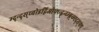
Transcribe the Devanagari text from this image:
म्द्न्द्स्च्वोइद्विओफ्च्न्द्ब्न्च्म्ब्न्व्म्ह्द्स्फ्य्